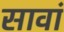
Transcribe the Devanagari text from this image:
सावां